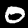
Label: 0